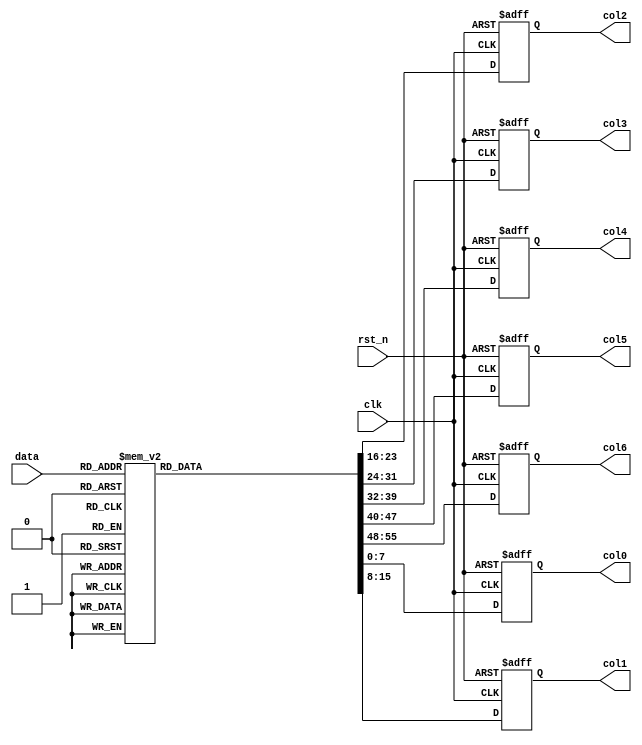
module char_set(
	input clk,
	input rst_n,
	input [3:0] data,
	output reg [7:0] col0,
	output reg [7:0] col1,
	output reg [7:0] col2,
	output reg [7:0] col3,
	output reg [7:0] col4,
	output reg [7:0] col5,
	output reg [7:0] col6
	);

	always @(posedge clk or negedge rst_n)
		begin
			if (!rst_n)
				begin
					col0 <= 8'b0000_0000;
					col1 <= 8'b0000_0000;
					col2 <= 8'b0000_0000;
					col3 <= 8'b0000_0000;
					col4 <= 8'b0000_0000;
					col5 <= 8'b0000_0000;
					col6 <= 8'b0000_0000;
				end
			else
				begin
					case (data)
						4'd1: // "F"
							begin
								col0 <= 8'b0000_0000;
								col1 <= 8'b0111_1111;
								col2 <= 8'b0000_1001;
								col3 <= 8'b0000_1001;
								col4 <= 8'b0000_1001;
								col5 <= 8'b0000_0001;
								col6 <= 8'b0000_0000;
							end
						4'd2: // "H"
							begin
								col0 <= 8'b0000_0000;
								col1 <= 8'b0111_1111;
								col2 <= 8'b0000_1000;
								col3 <= 8'b0000_1000;
								col4 <= 8'b0000_1000;
								col5 <= 8'b0111_1111;
								col6 <= 8'b0000_0000;
							end
						4'd3: // "I"
							begin
								col0 <= 8'b0000_0000;
								col1 <= 8'b0000_0000;
								col2 <= 8'b0100_0001;
								col3 <= 8'b0111_1111;
								col4 <= 8'b0100_0001;
								col5 <= 8'b0000_0000;
								col6 <= 8'b0000_0000;
							end
					    4'd4: // "K"
							begin
								col0 <= 8'b0000_0000;
								col1 <= 8'b0111_1111;
								col2 <= 8'b0000_1000;
								col3 <= 8'b0001_0100;
								col4 <= 8'b0010_0010;
								col5 <= 8'b0100_0001;
								col6 <= 8'b0000_0000;
							end
						4'd5: // "U"
							begin
								col0 <= 8'b0000_0000;
								col1 <= 8'b0011_1111;
								col2 <= 8'b0100_0000;
								col3 <= 8'b0100_0000;
								col4 <= 8'b0100_0000;
								col5 <= 8'b0011_1111;
								col6 <= 8'b0000_0000;
							end
						4'd6: // "Q"
							begin
								col0 <= 8'b0000_0000;
								col1 <= 8'b0011_1110;
								col2 <= 8'b0100_0001;
								col3 <= 8'b0101_0001;
								col4 <= 8'b0110_0001;
								col5 <= 8'b0111_1110;
								col6 <= 8'b0000_0000;
							end
						4'd7: // ""
							begin
								col0 <= 8'b0000_0000;
								col1 <= 8'b0111_0000;
								col2 <= 8'b0100_1100;
								col3 <= 8'b0100_0011;
								col4 <= 8'b0100_1100;
								col5 <= 8'b0111_0000;
								col6 <= 8'b0000_0000;
							end
						4'd8: // "T"
							begin
								col0 <= 8'b0000_0000;
								col1 <= 8'b0000_0001;
								col2 <= 8'b0000_0001;
								col3 <= 8'b0111_1111;
								col4 <= 8'b0000_0001;
								col5 <= 8'b0000_0001;
								col6 <= 8'b0000_0000;
							end
						4'd9: // "V"
							begin
								col0 <= 8'b0000_0000;
								col1 <= 8'b0001_1111;
								col2 <= 8'b0010_0000;
								col3 <= 8'b0100_0000;
								col4 <= 8'b0010_0000;
								col5 <= 8'b0001_1111;
								col6 <= 8'b0000_0000;
							end
						4'd10: // "X"
							begin
								col0 <= 8'b0000_0000;
								col1 <= 8'b0110_0011;
								col2 <= 8'b0001_0100;
								col3 <= 8'b0000_1000;
								col4 <= 8'b0001_0100;
								col5 <= 8'b0110_0011;
								col6 <= 8'b0000_0000;
							end
						4'd11: // "Y"
							begin
								col0 <= 8'b0000_0000;
								col1 <= 8'b0000_0011;
								col2 <= 8'b0000_0100;
								col3 <= 8'b0111_1000;
								col4 <= 8'b0000_0100;
								col5 <= 8'b0000_0011;
								col6 <= 8'b0000_0000;
							end
						4'd12: // "Z"
							begin
								col0 <= 8'b0000_0000;
								col1 <= 8'b0110_0001;
								col2 <= 8'b0101_0001;
								col3 <= 8'b0100_1001;
								col4 <= 8'b0100_0101;
								col5 <= 8'b0100_0011;
								col6 <= 8'b0000_0000;
							end
						4'd13: // " "
							begin
								col0 <= 8'b0000_0000;
								col1 <= 8'b0000_0000;
								col2 <= 8'b0000_0000;
								col3 <= 8'b0000_0000;
								col4 <= 8'b0000_0000;
								col5 <= 8'b0000_0000;
								col6 <= 8'b0000_0000;
							end
						4'd14: // ":"
							begin
								col0 <= 8'b0000_0000;
								col1 <= 8'b0000_0000;
								col2 <= 8'b0011_0110;
								col3 <= 8'b0011_0110;
								col4 <= 8'b0000_0000;
								col5 <= 8'b0000_0000;
								col6 <= 8'b0000_0000;
							end
						4'd15: // "S"
							begin
								col0 <= 8'b0000_0000;
								col1 <= 8'b0010_0110;
								col2 <= 8'b0100_1001;
								col3 <= 8'b0100_1001;
								col4 <= 8'b0100_1001;
								col5 <= 8'b0011_0010;
								col6 <= 8'b0000_0000;
							end
						default: // "*"
							begin
								col0 <= 8'b0000_0000;
								col1 <= 8'b0010_0010;
								col2 <= 8'b0001_0100;
								col3 <= 8'b0000_1000;
								col4 <= 8'b0001_0100;
								col5 <= 8'b0010_0010;
								col6 <= 8'b0000_0000;
							end
					endcase
				end
		end

endmodule